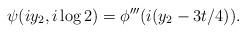
LaTeX: \begin{align*}\psi(i y_2, i \log 2) = \phi'''(i (y_2 - 3t/4)).\end{align*}